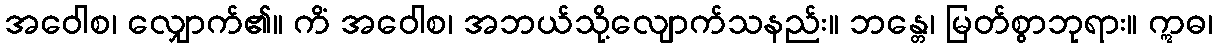
အဝေါစ၊ လျှောက်၏။ ကိံ အဝေါစ၊ အဘယ်သို့လျောက်သနည်း။ ဘန္တေ၊ မြတ်စွာဘုရား။ ဣဓ၊